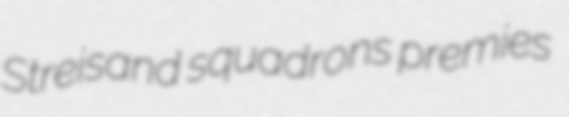
Streisand squadrons premies